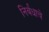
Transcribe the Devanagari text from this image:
निर्बंधाचे